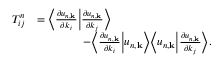
\begin{array} { r l } { T _ { i j } ^ { n } } & { = \Big \langle \frac { \partial u _ { n , \mathbf { k } } } { \partial k _ { i } } \Big | \frac { \partial u _ { n , \mathbf { k } } } { \partial k _ { j } } \Big \rangle } \\ & { \qquad \qquad - \Big \langle \frac { \partial u _ { n , \mathbf { k } } } { \partial k _ { i } } \Big | u _ { n , \mathbf { k } } \Big \rangle \Big \langle u _ { n , \mathbf { k } } \Big | \frac { \partial u _ { n , \mathbf { k } } } { \partial k _ { j } } \Big \rangle . } \end{array}